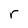
Character: r